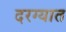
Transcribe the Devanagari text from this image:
दरग्यात